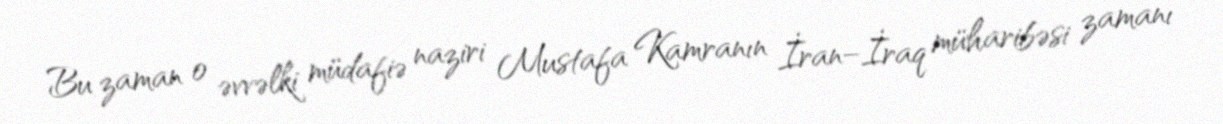
Bu zaman o əvvəlki müdafiə naziri Mustafa Kamranın İran–İraq müharibəsi zamanı